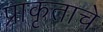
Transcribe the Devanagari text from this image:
प्राकृताचे